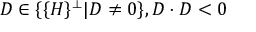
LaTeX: D \in \{ \{ H \} ^ { \perp } | D \neq 0 \} , D \cdot D < 0